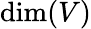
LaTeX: \dim(V)